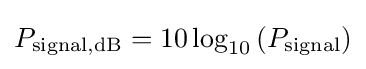
P_{\mathrm {signal,dB} }=10\log _{10}\left(P_{\mathrm {signal} }\right)